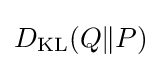
D_{\text{KL}}(Q\|P)